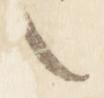
之